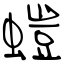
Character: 螘